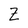
Character: Z